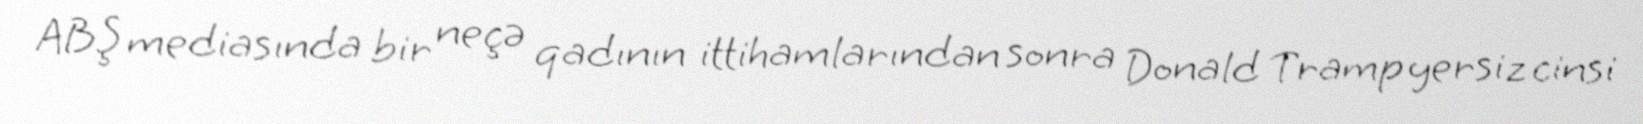
ABŞ mediasında bir neçə qadının ittihamlarından sonra Donald Tramp yersiz cinsi